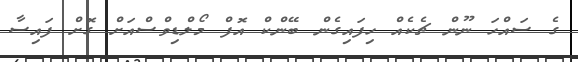
ގެ ސައްހަ ނޫން ޗެކެއް ހިފައިގެން ބޭންކް އޮފް މޯލްޑިވްސްއަށް ގޮށް ފައިސާ